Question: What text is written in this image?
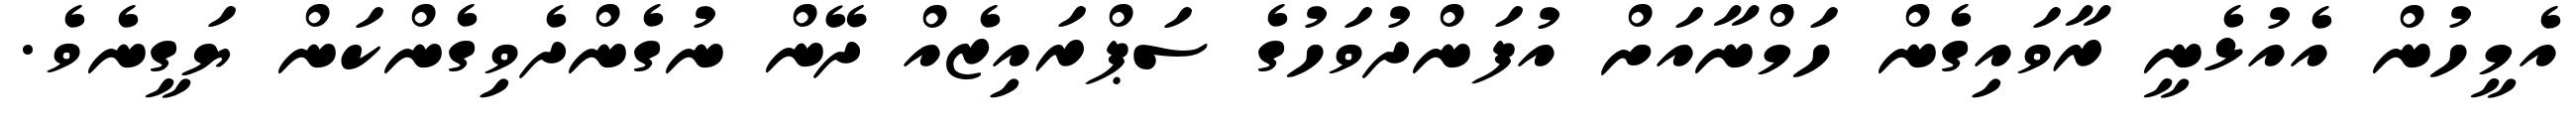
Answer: އެމީހުން އެއުޅެނީ ރާވައިގެން ހަމްނާއަށް އުފަންދުވަހުގެ ސަޕްރައިޒެއް ދޭން ނުގެންދެވިގެންކަން ޔަގީނެވެ.